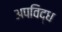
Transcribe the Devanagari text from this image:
अपविद्ध